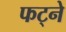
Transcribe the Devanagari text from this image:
फट्ने